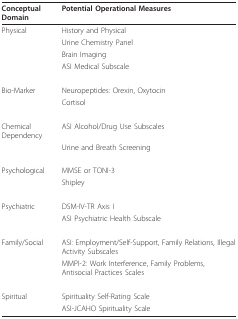
<table><thead><tr><td><b>Conceptual Domain</b></td><td><b>Potential Operational Measures</b></td></tr></thead><tbody><tr><td>Physical</td><td>History and Physical</td></tr><tr><td></td><td>Urine Chemistry Panel</td></tr><tr><td></td><td>Brain Imaging</td></tr><tr><td></td><td>ASI Medical Subscale</td></tr><tr><td>Bio-Marker</td><td>Neuropeptides: Orexin, Oxytocin</td></tr><tr><td></td><td>Cortisol</td></tr><tr><td>Chemical Dependency</td><td>ASI Alcohol/Drug Use Subscales</td></tr><tr><td></td><td>Urine and Breath Screening</td></tr><tr><td>Psychological</td><td>MMSE or TONI-3</td></tr><tr><td></td><td>Shipley</td></tr><tr><td>Psychiatric</td><td>DSM-IV-TR Axis I</td></tr><tr><td></td><td>ASI Psychiatric Health Subscale</td></tr><tr><td>Family/Social</td><td>ASI: Employment/Self-Support, Family Relations, Illegal Activity Subscales</td></tr><tr><td></td><td>MMPI-2: Work Interference, Family Problems, Antisocial Practices Scales</td></tr><tr><td>Spiritual</td><td>Spirituality Self-Rating Scale</td></tr><tr><td></td><td>ASI-JCAHO Spirituality Scale</td></tr></tbody></table>